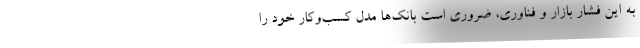
به این فشار بازار و فناوری، ضروری است بانک‌ها مدل کسب‌و‌کار خود را